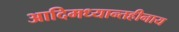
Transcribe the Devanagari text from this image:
आदिमध्यान्तहीनाय